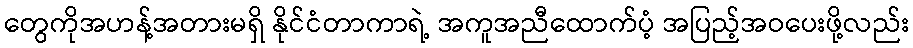
တွေကိုအဟန့်အတားမရှိ နိုင်ငံတာကာရဲ့ အကူအညီထောက်ပံ့ အပြည့်အဝပေးဖို့လည်း